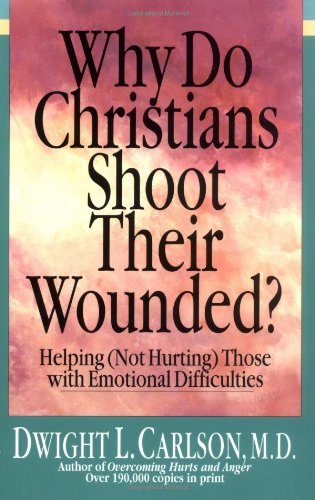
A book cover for Why Do Christians Shoot Their Wounded?: Helping (Not Hurting) Those with Emotional Difficulties; Dwight L. Carlson; Religion & Spirituality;